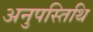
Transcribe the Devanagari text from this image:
अनुपस्तिथि